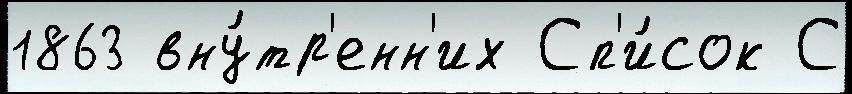
1863 вну́тр'енн'их Сп'и́сок С